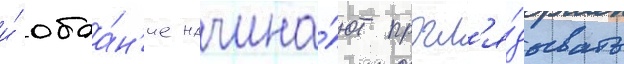
и́ обаа́н'ие начина́ют прогл'я́дывать